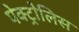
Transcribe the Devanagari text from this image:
पेक्ट्रोलिस